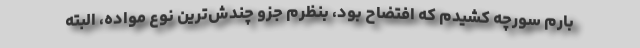
بارم سورچه کشیدم که افتضاح بود، بنظرم جزو چندش‌ترین نوع مواده، البته